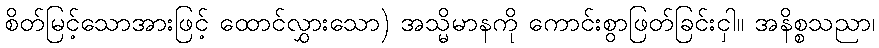
စိတ်မြင့်သောအားဖြင့် ထောင်လွှားသော) အသ္မိမာနကို ကောင်းစွာဖြတ်ခြင်းငှါ။ အနိစ္စသညာ၊